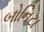
બોનિટા